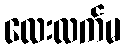
လေးလက်မ